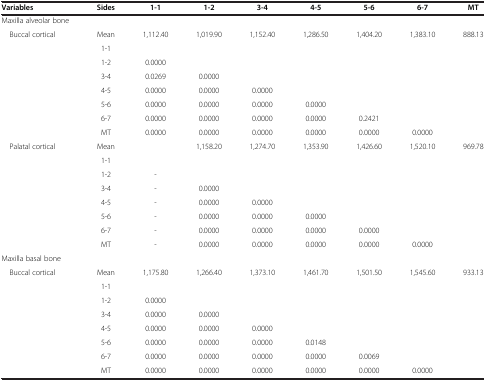
<table><thead><tr><td><b>Variables</b></td><td><b>Sides</b></td><td><b>1-1</b></td><td><b>1-2</b></td><td><b>3-4</b></td><td><b>4-5</b></td><td><b>5-6</b></td><td><b>6-7</b></td><td><b>MT</b></td></tr></thead><tbody><tr><td>Maxilla alveolar bone</td><td> </td><td> </td><td> </td><td> </td><td> </td><td> </td><td> </td><td> </td></tr><tr><td rowspan="8"> Buccal cortical</td><td>Mean</td><td>1,112.40</td><td>1,019.90</td><td>1,152.40</td><td>1,286.50</td><td>1,404.20</td><td>1,383.10</td><td>888.13</td></tr><tr><td>1-1</td><td> </td><td> </td><td> </td><td> </td><td> </td><td> </td><td> </td></tr><tr><td>1-2</td><td>0.0000</td><td> </td><td> </td><td> </td><td> </td><td> </td><td> </td></tr><tr><td>3-4</td><td>0.0269</td><td>0.0000</td><td> </td><td> </td><td> </td><td> </td><td> </td></tr><tr><td>4-5</td><td>0.0000</td><td>0.0000</td><td>0.0000</td><td> </td><td> </td><td> </td><td> </td></tr><tr><td>5-6</td><td>0.0000</td><td>0.0000</td><td>0.0000</td><td>0.0000</td><td> </td><td> </td><td> </td></tr><tr><td>6-7</td><td>0.0000</td><td>0.0000</td><td>0.0000</td><td>0.0000</td><td>0.2421</td><td> </td><td> </td></tr><tr><td>MT</td><td>0.0000</td><td>0.0000</td><td>0.0000</td><td>0.0000</td><td>0.0000</td><td>0.0000</td><td> </td></tr><tr><td rowspan="8"> Palatal cortical</td><td>Mean</td><td> </td><td>1,158.20</td><td>1,274.70</td><td>1,353.90</td><td>1,426.60</td><td>1,520.10</td><td>969.78</td></tr><tr><td>1-1</td><td> </td><td> </td><td> </td><td> </td><td> </td><td> </td><td> </td></tr><tr><td>1-2</td><td>-</td><td> </td><td> </td><td> </td><td> </td><td> </td><td> </td></tr><tr><td>3-4</td><td>-</td><td>0.0000</td><td> </td><td> </td><td> </td><td> </td><td> </td></tr><tr><td>4-5</td><td>-</td><td>0.0000</td><td>0.0000</td><td> </td><td> </td><td> </td><td> </td></tr><tr><td>5-6</td><td>-</td><td>0.0000</td><td>0.0000</td><td>0.0000</td><td> </td><td> </td><td> </td></tr><tr><td>6-7</td><td>-</td><td>0.0000</td><td>0.0000</td><td>0.0000</td><td>0.0000</td><td> </td><td> </td></tr><tr><td>MT</td><td>-</td><td>0.0000</td><td>0.0000</td><td>0.0000</td><td>0.0000</td><td>0.0000</td><td> </td></tr><tr><td>Maxilla basal bone</td><td> </td><td> </td><td> </td><td> </td><td> </td><td> </td><td> </td><td> </td></tr><tr><td rowspan="8"> Buccal cortical</td><td>Mean</td><td>1,175.80</td><td>1,266.40</td><td>1,373.10</td><td>1,461.70</td><td>1,501.50</td><td>1,545.60</td><td>933.13</td></tr><tr><td>1-1</td><td> </td><td> </td><td> </td><td> </td><td> </td><td> </td><td> </td></tr><tr><td>1-2</td><td>0.0000</td><td> </td><td> </td><td> </td><td> </td><td> </td><td> </td></tr><tr><td>3-4</td><td>0.0000</td><td>0.0000</td><td> </td><td> </td><td> </td><td> </td><td> </td></tr><tr><td>4-5</td><td>0.0000</td><td>0.0000</td><td>0.0000</td><td> </td><td> </td><td> </td><td> </td></tr><tr><td>5-6</td><td>0.0000</td><td>0.0000</td><td>0.0000</td><td>0.0148</td><td> </td><td> </td><td> </td></tr><tr><td>6-7</td><td>0.0000</td><td>0.0000</td><td>0.0000</td><td>0.0000</td><td>0.0069</td><td> </td><td> </td></tr><tr><td>MT</td><td>0.0000</td><td>0.0000</td><td>0.0000</td><td>0.0000</td><td>0.0000</td><td>0.0000</td><td> </td></tr></tbody></table>